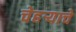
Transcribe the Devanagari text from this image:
चेहऱ्याचे